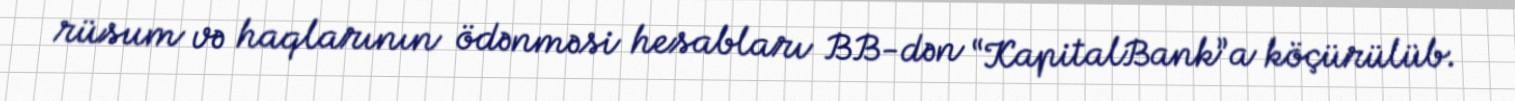
rüsum və haqlarının ödənməsi hesabları BB-dən “KapitalBank”a köçürülüb.